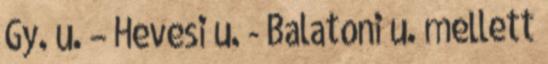
Gy. u. – Hevesi u. - Balatoni u. mellett